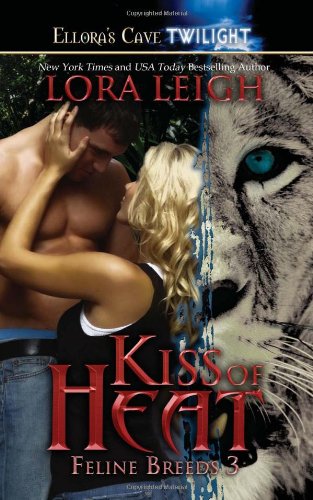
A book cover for Kiss of Heat (Feline Breeds, Book 3); Lora Leigh; Science Fiction & Fantasy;